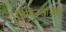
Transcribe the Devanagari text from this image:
चिकित्साग्रंथों